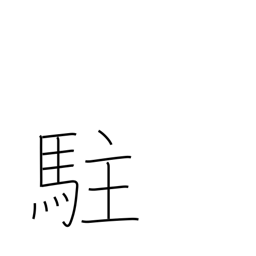
Meaning: reside in